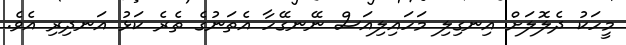
މީހަކު ދެލޮލަށް އިނގިލި މަހައިލިއަސް ނޭނގޭހާ އެތަނުގެ ތެރެ ކަޅު އަނދިރި އެވެ.